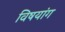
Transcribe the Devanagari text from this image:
विषयांग